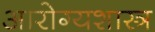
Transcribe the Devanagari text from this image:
आरोग्यशास्त्र